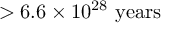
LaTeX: > 6 . 6 \times 1 0 ^ { 2 8 } \ \mathrm { y e a r s }